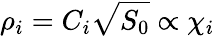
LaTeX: \rho_{i}=C_{i}\sqrt{S_{0}}\propto\chi_{i}